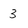
Character: 3